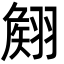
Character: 𮋊